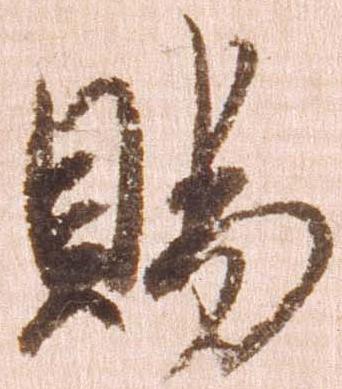
賜